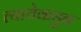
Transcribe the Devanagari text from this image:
त्याचेकडून